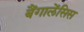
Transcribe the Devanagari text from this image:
बैंगालेंसिस